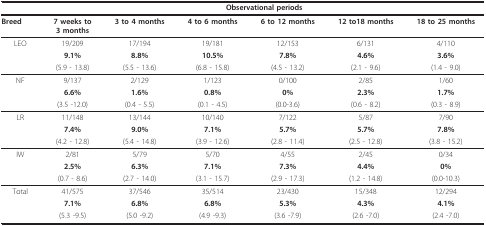
<table><thead><tr><td></td><td colspan="6"><b>Observational periods</b></td></tr></thead><tbody><tr><td><b>Breed</b></td><td><b>7 weeks to</b><b>3 months</b></td><td><b>3 to 4 months</b></td><td><b>4 to 6 months</b></td><td><b>6 to 12 months</b></td><td><b>12 to18 months</b></td><td><b>18 to 25 months</b></td></tr><tr><td>LEO</td><td>19/209</td><td>17/194</td><td>19/181</td><td>12/153</td><td>6/131</td><td>4/110</td></tr><tr><td></td><td><b>9.1%</b></td><td><b>8.8%</b></td><td><b>10.5%</b></td><td><b>7.8%</b></td><td><b>4.6%</b></td><td><b>3.6%</b></td></tr><tr><td></td><td>(5.9 - 13.8)</td><td>(5.5 - 13.6)</td><td>(6.8 - 15.8)</td><td>(4.5 - 13.2)</td><td>(2.1 - 9.6)</td><td>(1.4 - 9.0)</td></tr><tr><td>NF</td><td>9/137</td><td>2/129</td><td>1/123</td><td>0/100</td><td>2/85</td><td>1/60</td></tr><tr><td></td><td><b>6.6%</b></td><td><b>1.6%</b></td><td><b>0.8%</b></td><td><b>0%</b></td><td><b>2.3%</b></td><td><b>1.7%</b></td></tr><tr><td></td><td>(3.5 -12.0)</td><td>(0.4 - 5.5)</td><td>(0.1 - 4.5)</td><td>(0.0-3.6)</td><td>(0.6 - 8.2)</td><td>(0.3 - 8.9)</td></tr><tr><td>LR</td><td>11/148</td><td>13/144</td><td>10/140</td><td>7/122</td><td>5/87</td><td>7/90</td></tr><tr><td></td><td><b>7.4%</b></td><td><b>9.0%</b></td><td><b>7.1%</b></td><td><b>5.7%</b></td><td><b>5.7%</b></td><td><b>7.8%</b></td></tr><tr><td></td><td>(4.2 - 12.8)</td><td>(5.4 - 14.8)</td><td>(3.9 - 12.6)</td><td>(2.8 - 11.4)</td><td>(2.5 - 12.8)</td><td>(3.8 - 15.2)</td></tr><tr><td>IW</td><td>2/81</td><td>5/79</td><td>5/70</td><td>4/55</td><td>2/45</td><td>0/34</td></tr><tr><td></td><td><b>2.5%</b></td><td><b>6.3%</b></td><td><b>7.1%</b></td><td><b>7.3%</b></td><td><b>4.4%</b></td><td><b>0%</b></td></tr><tr><td></td><td>(0.7 - 8.6)</td><td>(2.7 - 14.0)</td><td>(3.1 - 15.7)</td><td>(2.9 - 17.3)</td><td>(1.2 - 14.8)</td><td>(0.0-10.3)</td></tr><tr><td>Total</td><td>41/575</td><td>37/546</td><td>35/514</td><td>23/430</td><td>15/348</td><td>12/294</td></tr><tr><td></td><td><b>7.1%</b></td><td><b>6.8%</b></td><td><b>6.8%</b></td><td><b>5.3%</b></td><td><b>4.3%</b></td><td><b>4.1%</b></td></tr><tr><td></td><td>(5.3 -9.5)</td><td>(5.0 -9.2)</td><td>(4.9 -9.3)</td><td>(3.6 -7.9)</td><td>(2.6 -7.0)</td><td>(2.4 -7.0)</td></tr></tbody></table>